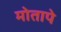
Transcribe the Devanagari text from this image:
मोतापे